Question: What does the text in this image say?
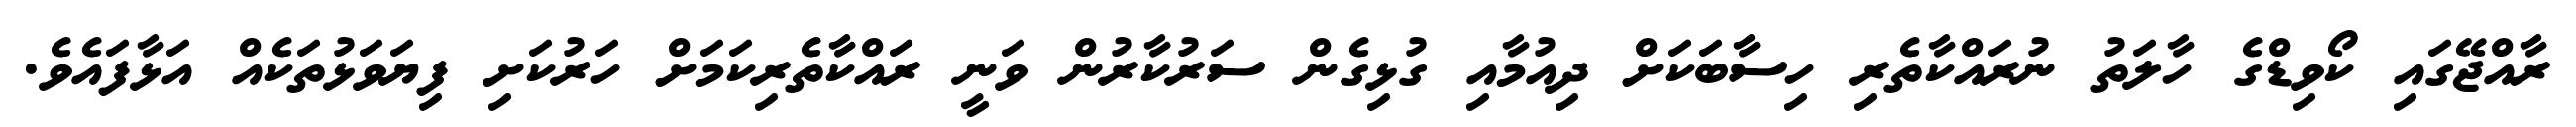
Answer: ރާއްޖޭގައި ކޯވިޑްގެ ހާލަތު ނުރައްކާތެރި ހިސާބަކަށް ދިއުމާއި ގުޅިގެން ސަރުކާރުން ވަނީ ރައްކާތެރިކަމަށް ހަރުކަށި ފިޔަވަޅުތަކެއް އަޅާފައެވެ.